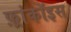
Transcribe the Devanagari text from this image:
फ़्रांकॉइस